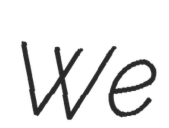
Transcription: We